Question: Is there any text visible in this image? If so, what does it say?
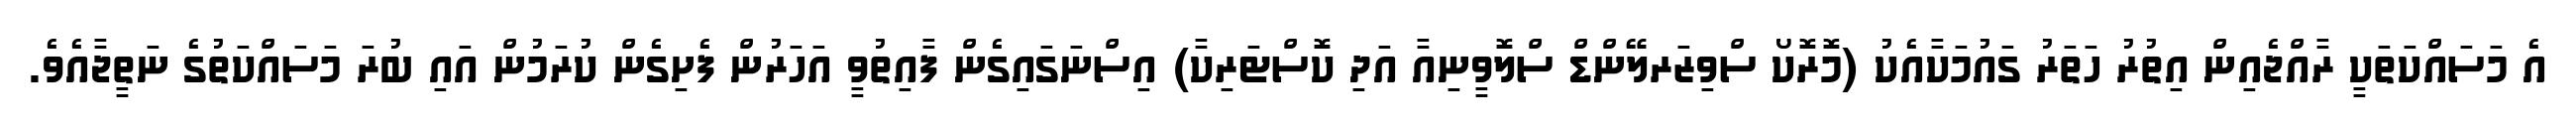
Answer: އެ މަސައްކަތަކީ ރާއްޖެއިން އިތުރު ހަތަރު ގައުމަކާއެކު (މޮރޮކޯ ސްވިޒަރލޭންޑް ސްލޮވީނިއާ އަދި ކޮސްޓަރިކާ) އިސްނަގައިގެން ފާއިތުވީ އަހަރުން ފެށިގެން ކުރަމުން އައި ބުރަ މަސައްކަތުގެ ނަތީޖާއެވެ.